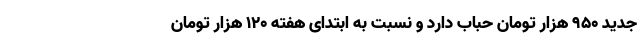
جدید ۹۵۰ هزار تومان حباب دارد و نسبت به ابتدای هفته ۱۲۰ هزار تومان